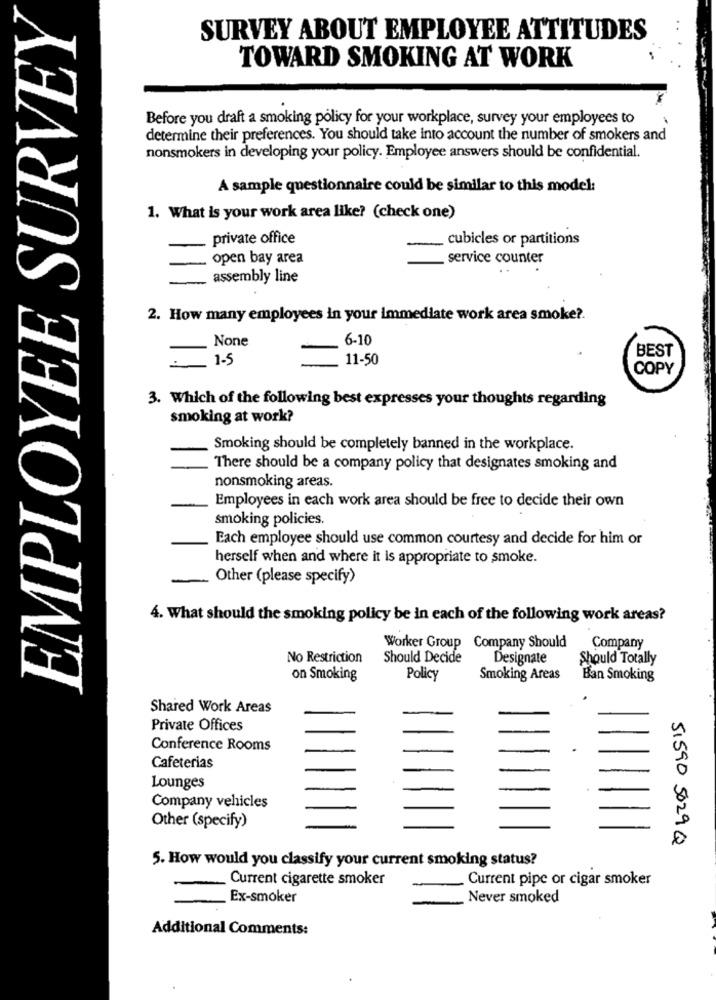
EMPLOYEE SURVEY
SURVEY ABOUT EMPLOYEE ATTITUDES
TOWARD SMOKING AT WORK
Before you draft a smoking policy for your workplace, survey your employees to
determine their preferences. You should take into account the number of smokers and
nonsmokers in developing your policy. Employee answers should be confidential.
A sample questionnaire could be similar to this model:
1. What is your work area like? (check one)
private office
cubicles or partitions
open bay area
service counter
-
assembly line
2. How many employees in your immediate work area smoke ?.
6-10
BEST
1-5
11-50
COPY
3. Which of the following best expresses your thoughts regarding
smoking at work?
Smoking should be completely banned in the workplace.
There should be a company policy that designates smoking and
nonsmoking areas.
Employees in each work area should be free to decide their own
smoking policies.
Each employee should use common courtesy and decide for him or
herself when and where it is appropriate to smoke.
-
Other (please specify)
4. What should the smoking policy be in each of the following work areas?
Worker Group Company Should
Company
No Restriction
Should Decide
Designate
Should Totally
on Smoking
Policy
Smoking Areas
Ban Smoking
Shared Work Areas
Private Offices
Conference Rooms
Cafeterias
Lounges
Company vehicles
Other (specify)
51590 5029 Q
5. How would you classify your current smoking status?
Current cigarette smoker
Current pipe or cigar smoker
Ex-smoker
Never smoked
Additional Comments: